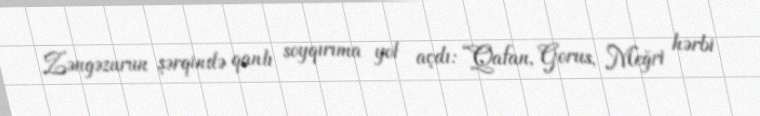
Zəngəzurun şərqində qanlı soyqırıma yol açdı: “Qafan, Gorus, Meğri hərbi